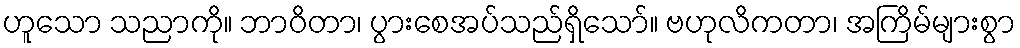
ဟူသော သညာကို။ ဘာဝိတာ၊ ပွားစေအပ်သည်ရှိသော်။ ဗဟုလိကတာ၊ အကြိမ်များစွာ